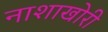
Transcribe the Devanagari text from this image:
नाशाखोरी